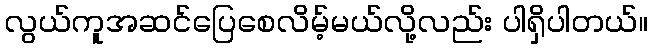
လွယ်ကူအဆင်ပြေစေလိမ့်မယ်လို့လည်း ပါရှိပါတယ်။